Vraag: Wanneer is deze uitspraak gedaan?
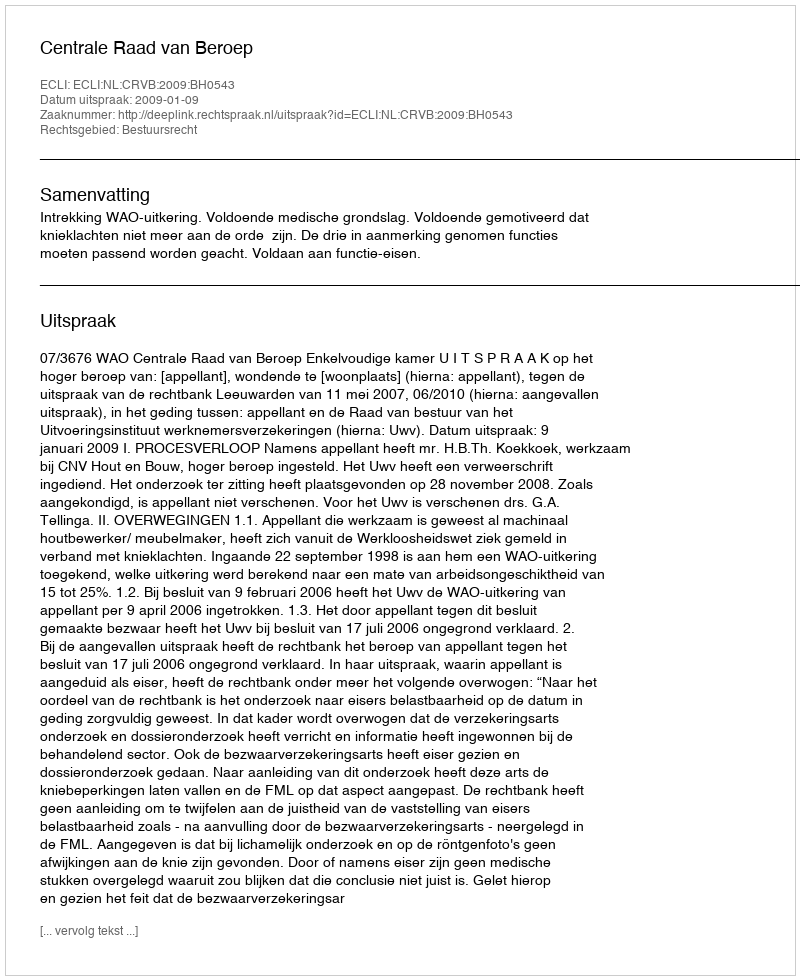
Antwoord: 2009-01-09